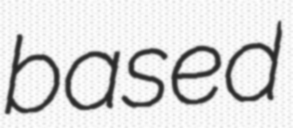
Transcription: based